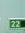
22